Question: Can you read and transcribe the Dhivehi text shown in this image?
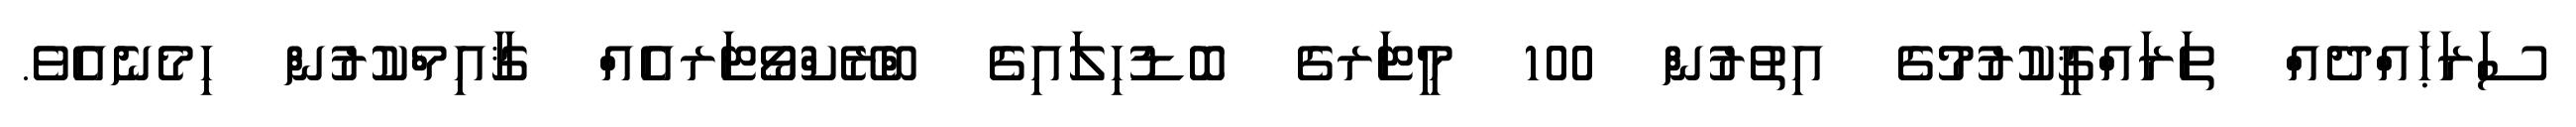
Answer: ސަރަޙައްދެއް ތަރައްޤީކުރުމުގެ އިތުރުން 100 މީޓަރގެ ބޮޑުހިލައިގެ ބްރޭކްވޯޓަރއެއް ޤާއިމްކުރުން ހިމެނެއެވެ.